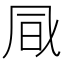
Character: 𠙊